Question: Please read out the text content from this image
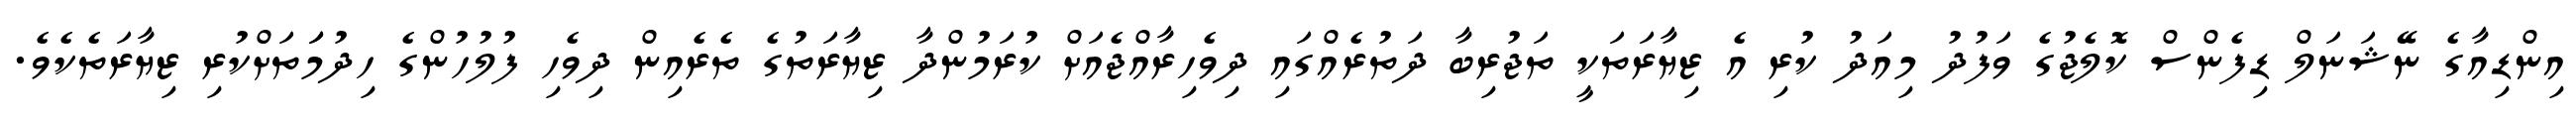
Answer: އިންޑިއާގެ ނޭޝަނަލް ޑިފެންސް ކޮލެޖުގެ ވަފުދު މިއަދު ކުރި އެ ޒިޔާރަތަކީ ތަޖުރިބާ ދަތުރެއްގައި ދިވެހިރާއްޖެއަށް ކުރަމުންދާ ޒިޔާރަތުގެ ތެރެއިން ދިވެހި ފުލުހުންގެ ހިދުމަަތަށްކުރި ޒިޔާރަތެކެވެ.